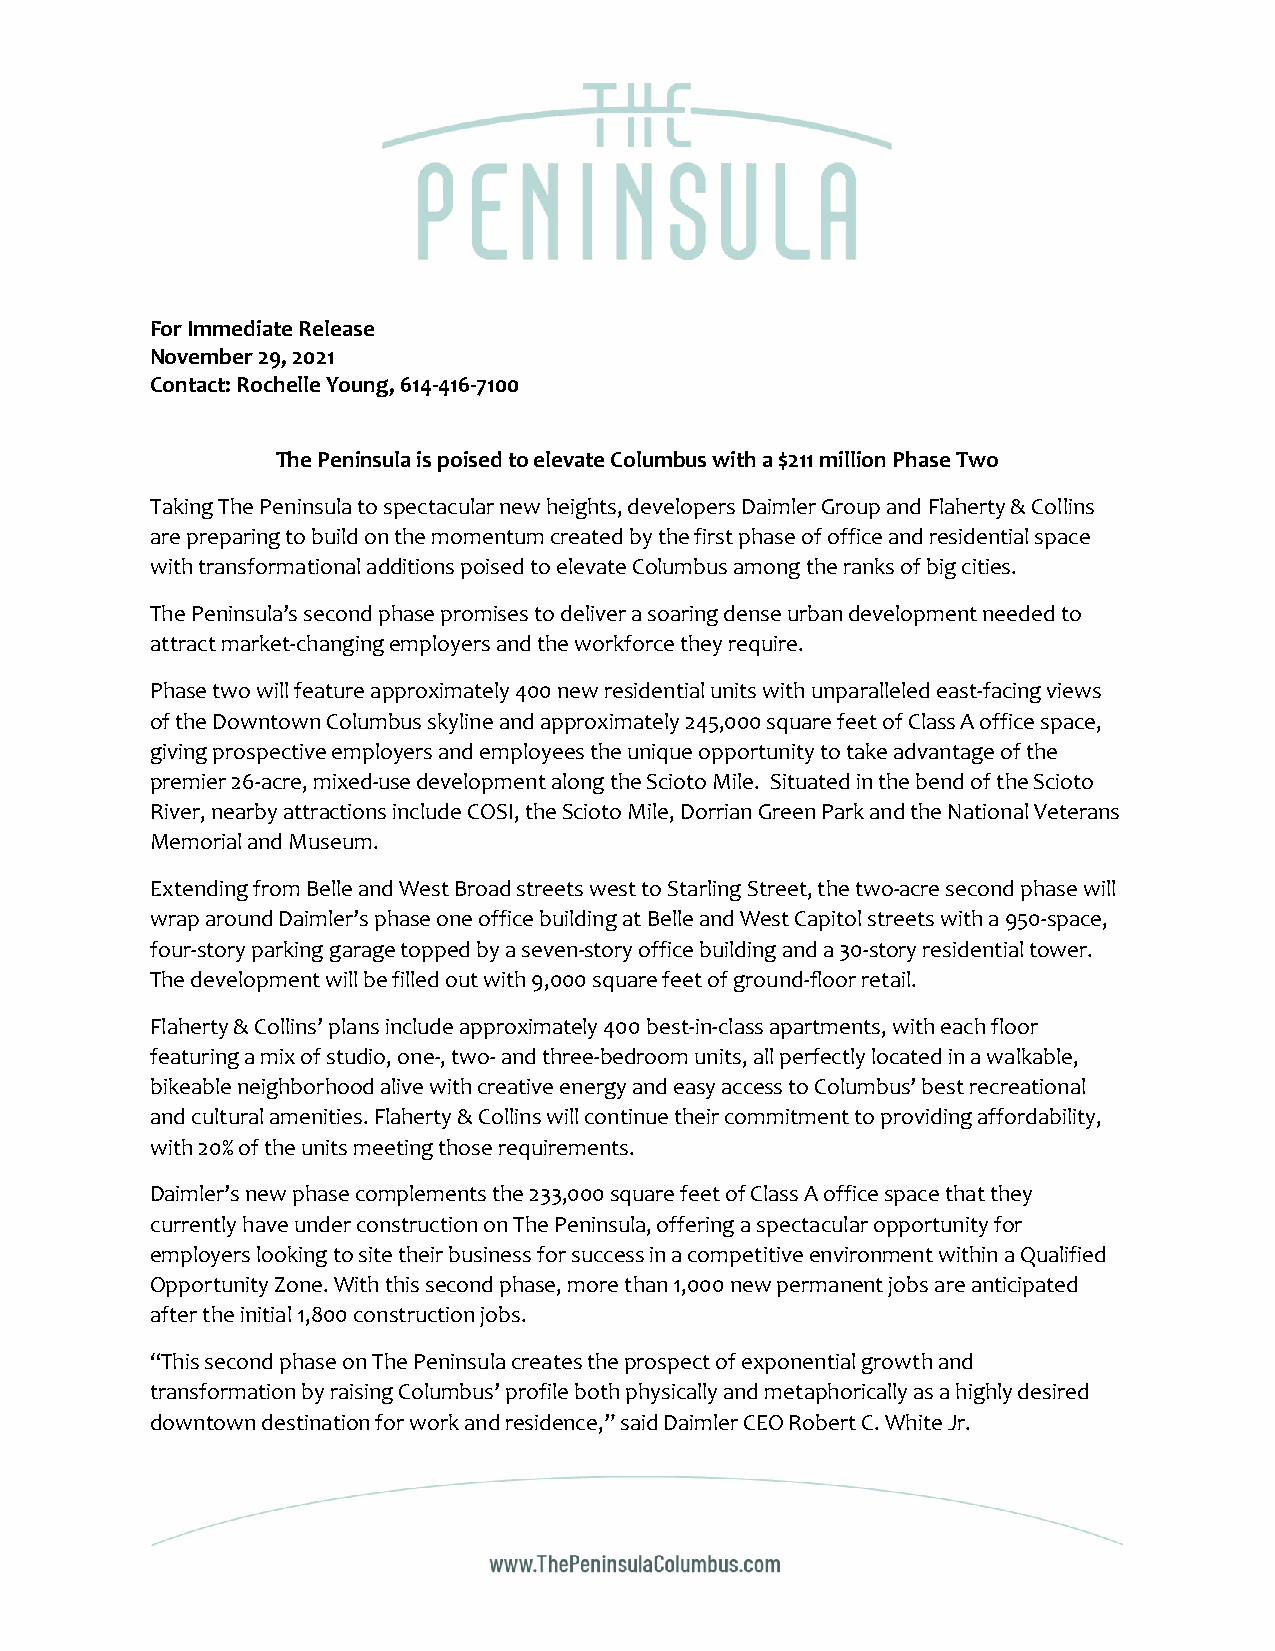
For Immediate Release
 November 29, 2021
 Contact: Rochelle Young, 614-416-7100
 The Peninsula is poised to elevate Columbus with a $211 million Phase Two
 Taking The Peninsula to spectacular new heights, developers Daimler Group and Flaherty & Collins
 are preparing to build on the momentum created by the first phase of office and residential space
 with transformational additions poised to elevate Columbus among the ranks of big cities.
 The Peninsula’s second phase promises to deliver a soaring dense urban development needed to
 attract market-changing employers and the workforce they require.
 Phase two will feature approximately 400 new residential units with unparalleled east-facing views
 of the Downtown Columbus skyline and approximately 245,000 square feet of Class A office space,
 giving prospective employers and employees the unique opportunity to take advantage of the
 premier 26-acre, mixed-use development along the Scioto Mile. Situated in the bend of the Scioto
 River, nearby attractions include COSI, the Scioto Mile, Dorrian Green Park and the National Veterans
 Memorial and Museum.
 Extending from Belle and West Broad streets west to Starling Street, the two-acre second phase will
 wrap around Daimler’s phase one office building at Belle and West Capitol streets with a 950-space,
 four-story parking garage topped by a seven-story office building and a 30-story residential tower.
 The development will be filled out with 9,000 square feet of ground-floor retail.
 Flaherty & Collins’ plans include approximately 400 best-in-class apartments, with each floor
 featuring a mix of studio, one-, two- and three-bedroom units, all perfectly located in a walkable,
 bikeable neighborhood alive with creative energy and easy access to Columbus’ best recreational
 and cultural amenities. Flaherty & Collins will continue their commitment to providing affordability,
 with 20% of the units meeting those requirements.
 Daimler’s new phase complements the 233,000 square feet of Class A office space that they
 currently have under construction on The Peninsula, offering a spectacular opportunity for
 employers looking to site their business for success in a competitive environment within a Qualified
 Opportunity Zone. With this second phase, more than 1,000 new permanent jobs are anticipated
 after the initial 1,800 construction jobs.
 “This second phase on The Peninsula creates the prospect of exponential growth and
 transformation by raising Columbus’ profile both physically and metaphorically as a highly desired
 downtown destination for work and residence,” said Daimler CEO Robert C. White Jr.